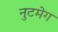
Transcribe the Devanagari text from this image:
नुटमेग